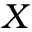
X